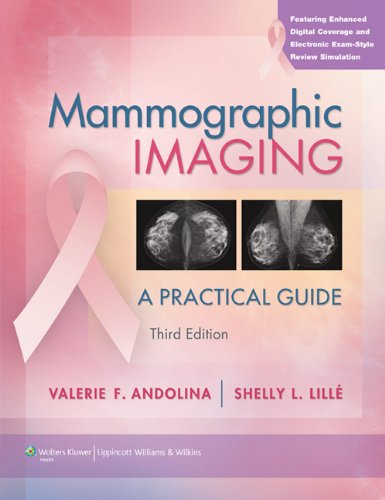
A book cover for Mammographic Imaging: A Practical Guide (Point (Lippincott Williams & Wilkins)) Third edition; Valerie F. Andolina RT(R)(M)ARRT; Medical Books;